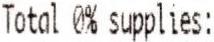
TOTAL 0% SUPPLIES: